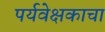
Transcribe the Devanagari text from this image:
पर्यवेक्षकाचा